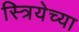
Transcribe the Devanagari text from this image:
स्त्रियेच्या